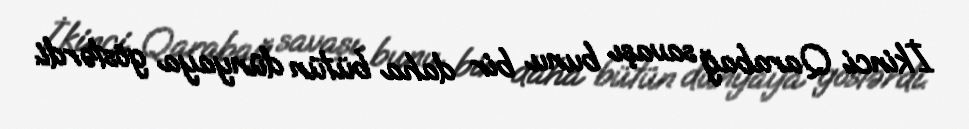
İkinci Qarabağ savaşı bunu bir daha bütün dünyaya göstərdi.